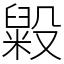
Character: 毇